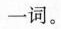
一词。